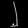
Digit: ၂